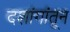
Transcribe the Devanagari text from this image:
दशांगांतून